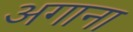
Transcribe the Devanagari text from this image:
अगाना